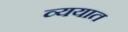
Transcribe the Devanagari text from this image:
व्ययात